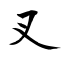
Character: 叉